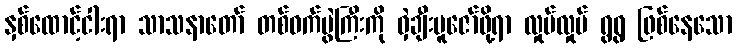
နှစ်ထောင့်ငါးရာ သာသနာတော် တစ်ဝက်ပွဲကြီးကို ဝှဲချီးပူဇော်ဖို့ရာ လှုပ်လှုပ် ရွရွ ဖြစ်နေသော